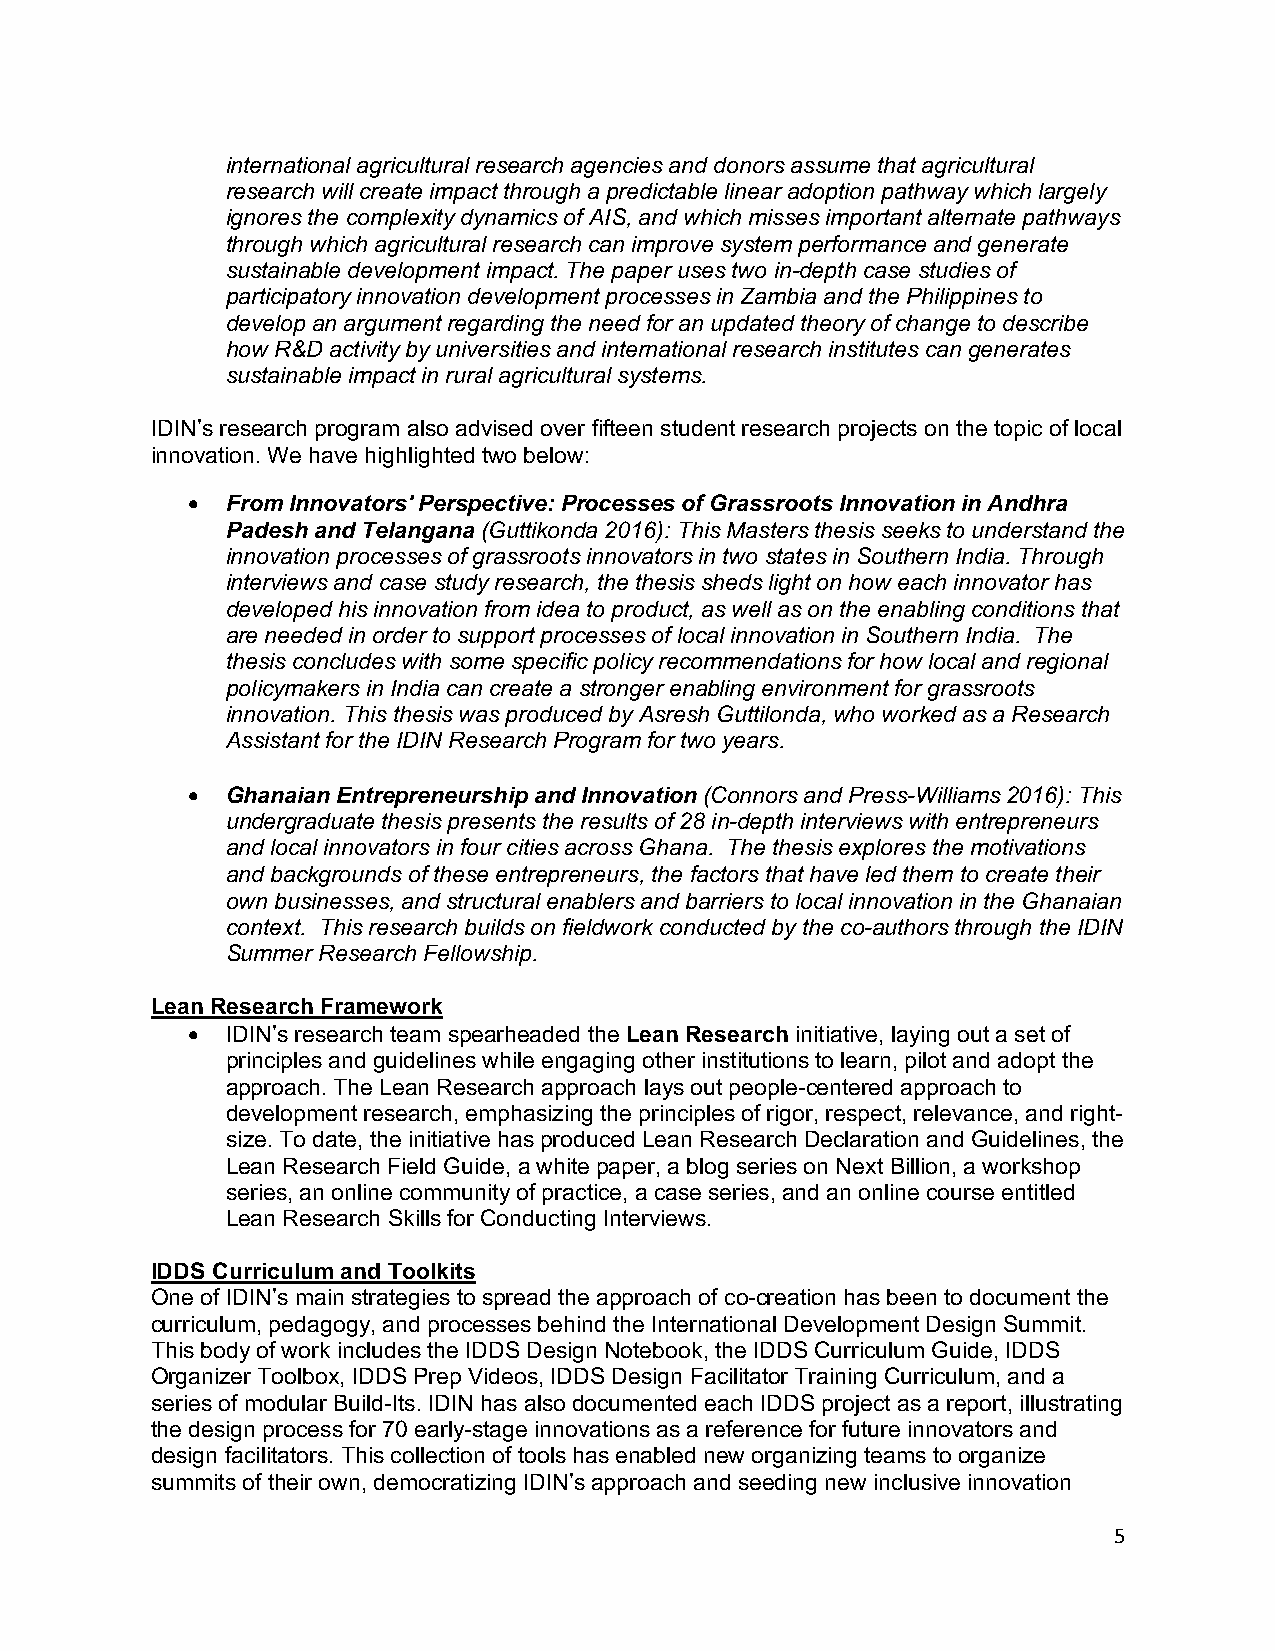
international agricultural research agencies and donors assume that agricultural
 research will create impact through a predictable linear adoption pathway which largely
 ignores the complexity dynamics of AIS, and which misses important alternate pathways
 through which agricultural research can improve system performance and generate
 sustainable development impact. The paper uses two in-depth case studies of
 participatory innovation development processes in Zambia and the Philippines to
 develop an argument regarding the need for an updated theory of change to describe
 how R&D activity by universities and international research institutes can generates
 sustainable impact in rural agricultural systems.
 IDIN’s research program also advised over fifteen student research projects on the topic of local
 innovation. We have highlighted two below:
 •  From Innovators' Perspective: Processes of Grassroots Innovation in Andhra
 Padesh and Telangana (Guttikonda 2016): This Masters thesis seeks to understand the
 innovation processes of grassroots innovators in two states in Southern India. Through
 interviews and case study research, the thesis sheds light on how each innovator has
 developed his innovation from idea to product, as well as on the enabling conditions that
 are needed in order to support processes of local innovation in Southern India. The
 thesis concludes with some specific policy recommendations for how local and regional
 policymakers in India can create a stronger enabling environment for grassroots
 innovation. This thesis was produced by Asresh Guttilonda, who worked as a Research
 Assistant for the IDIN Research Program for two years.
 •  Ghanaian Entrepreneurship and Innovation (Connors and Press-Williams 2016): This
 undergraduate thesis presents the results of 28 in-depth interviews with entrepreneurs
 and local innovators in four cities across Ghana. The thesis explores the motivations
 and backgrounds of these entrepreneurs, the factors that have led them to create their
 own businesses, and structural enablers and barriers to local innovation in the Ghanaian
 context. This research builds on fieldwork conducted by the co-authors through the IDIN
 Summer Research Fellowship.
 Lean Research Framework
 •  IDIN’s research team spearheaded the Lean Research initiative, laying out a set of
 principles and guidelines while engaging other institutions to learn, pilot and adopt the
 approach. The Lean Research approach lays out people-centered approach to
 development research, emphasizing the principles of rigor, respect, relevance, and right-
 size. To date, the initiative has produced Lean Research Declaration and Guidelines, the
 Lean Research Field Guide, a white paper, a blog series on Next Billion, a workshop
 series, an online community of practice, a case series, and an online course entitled
 Lean Research Skills for Conducting Interviews.
 IDDS Curriculum and Toolkits
 One of IDIN’s main strategies to spread the approach of co-creation has been to document the
 curriculum, pedagogy, and processes behind the International Development Design Summit.
 This body of work includes the IDDS Design Notebook, the IDDS Curriculum Guide, IDDS
 Organizer Toolbox, IDDS Prep Videos, IDDS Design Facilitator Training Curriculum, and a
 series of modular Build-Its. IDIN has also documented each IDDS project as a report, illustrating
 the design process for 70 early-stage innovations as a reference for future innovators and
 design facilitators. This collection of tools has enabled new organizing teams to organize
 summits of their own, democratizing IDIN’s approach and seeding new inclusive innovation
 5